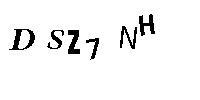
DSZ7NH